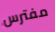
مفترس